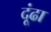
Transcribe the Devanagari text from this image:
दूंढा